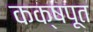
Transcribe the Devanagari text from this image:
कक्षपूत